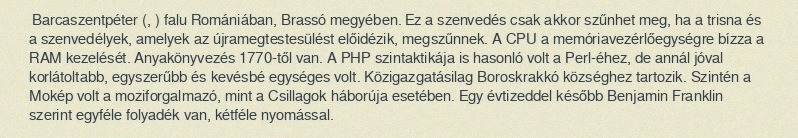
Barcaszentpéter (, ) falu Romániában, Brassó megyében. Ez a szenvedés csak akkor szűnhet meg, ha a trisna és a szenvedélyek, amelyek az újramegtestesülést előidézik, megszűnnek. A CPU a memóriavezérlőegységre bízza a RAM kezelését. Anyakönyvezés 1770-től van. A PHP szintaktikája is hasonló volt a Perl-éhez, de annál jóval korlátoltabb, egyszerűbb és kevésbé egységes volt. Közigazgatásilag Boroskrakkó községhez tartozik. Szintén a Mokép volt a moziforgalmazó, mint a Csillagok háborúja esetében. Egy évtizeddel később Benjamin Franklin szerint egyféle folyadék van, kétféle nyomással.